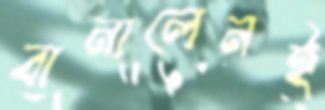
বানালেনই